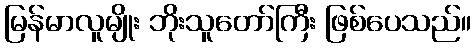
မြန်မာလူမျိုး ဘိုးသူတော်ကြီး ဖြစ်ပေသည်။